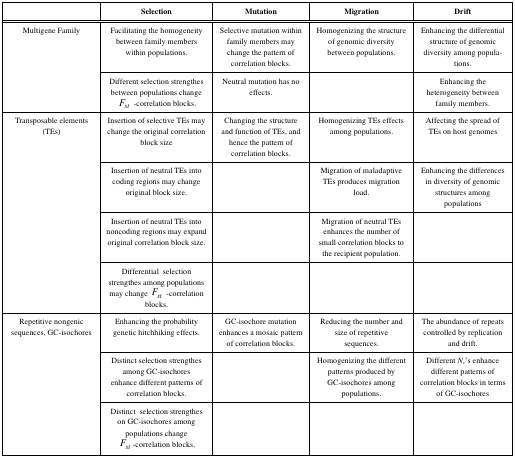
|  | Selection | Mutation | Migration | Drift |
 | --- | --- | --- | --- | --- |
 | <ROWSPAN=2> Multigene Family | Facilitating the homogeneity between family members within populations. | Selective mutation within family members may change the pattern of correlation blocks. | Homogenizing the structure of genomic diversity between populations. | Enhancing the differential structure of genomic diversity among populations. |
 | Different selection strengthes between populations change Fst -correlation blocks. | Neutral mutation has no effects. |  | Enhancing the heterogeneity between family members. |
 | <ROWSPAN=4> Transposable elements (TEs) | Insertion of selective TEs may change the original correlation block size | Changing the structure and function of TEs, and hence the pattern of correlation blocks. | Homogenizing TEs effects among populations. | Affecting the spread of TEs on host genomes |
 | Insertion of neutral TEs into coding regions may change original block size. |  | Migration of maladaptive TEs produces migration load. | Enhancing the differences in diversity of genomic structures among populations |
 | Insertion of neutral TEs into noncoding regions may expand original correlation block size. |  | Migration of neutral TEs enhances the number of small correlation blocks to the recipient population. |  |
 | Differential selection strengthes among populations may change Fst-correlation blocks. |  |  |  |
 | <ROWSPAN=3> Repetitive nongenic sequences, GC-isochores | Enhancing the probability genetic hitchhiking effects. | GC-isochore mutation enhances a mosaic pattern of correlation blocks. | Reducing the number and size of repetitive sequences. | The abundance of repeats controlled by replication and drift. |
 | Distinct selection strengthes among GC-isochores enhance different patterns of correlation blocks. |  | Homogenizing the different patterns produced by GC-isochores among populations. | Different Ne’s enhance different patterns of correlation blocks in terms of GC-isochores |
 | Distinct selection strengthes on GC-isochores among populations change Fst-correlation blocks. |  |  |  |